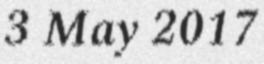
3 May 2017